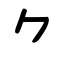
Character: ⺈